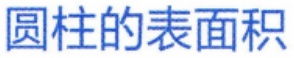
圆柱的表面积